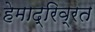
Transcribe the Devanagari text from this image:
हेमाद्रिव्रत